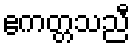
ဧကတ္တသညီ